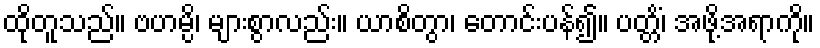
ထိုတူသည်။ ဗဟမ္ပိ၊ များစွာလည်း။ ယာစိတွာ၊ တောင်းပန်၍။ ပတ္တိံ၊ အဖို့အရာကို။